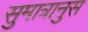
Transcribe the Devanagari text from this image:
सुमात्रानुस